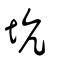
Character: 坑